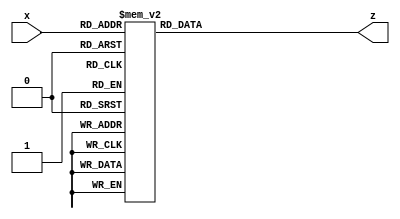
module seven_segment_top(
    input  [3:0]x,
    output reg [6:0]z
    );
always @(*) 
begin
	case (x)
		4'b0000 :      	//Hexadecimal 0
			z = 7'b1000000	;
		4'b0001 :    		//Hexadecimal 1
			z = 7'b1111001 ;
		4'b0010 :  		// Hexadecimal 2
			z = 7'b0100100 ; 
		4'b0011 : 		// Hexadecimal 3
			z = 7'b0110000 ;
		4'b0100 :		// Hexadecimal 4
			z = 7'b0011001 ;
		4'b0101 :		// Hexadecimal 5
			z = 7'b0010010 ;  
		4'b0110 :		// Hexadecimal 6
			z = 7'b0000010 ;
		4'b0111 :		// Hexadecimal 7
			z = 7'b1111000;
		4'b1000 :     		 //Hexadecimal 8
			z = 7'b0000000;
		4'b1001 :    		//Hexadecimal 9
			z = 7'b0010000 ;
		4'b1010 :  		// Hexadecimal A
			z = 7'b0001000 ; 
		4'b1011 : 		// Hexadecimal B
			z = 7'b0000011;
		4'b1100 :		// Hexadecimal C
			z = 7'b1000110 ;
		4'b1101 :		// Hexadecimal D
			z = 7'b0100001 ;
		4'b1110 :		// Hexadecimal E
			z = 7'b0000110 ;
		4'b1111 :		// Hexadecimal F
			z = 7'b0001110 ;
	endcase
end
	
 
endmodule